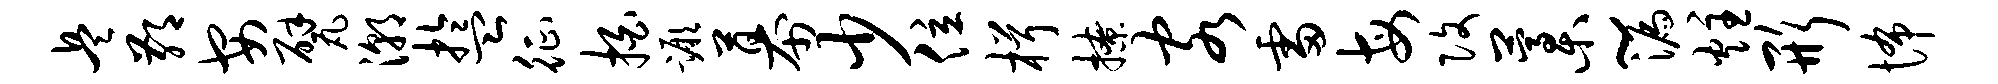
兵鄙安甓潮盂征拍蹶幕少位楫撩客雷每改藁~漏炷形怖